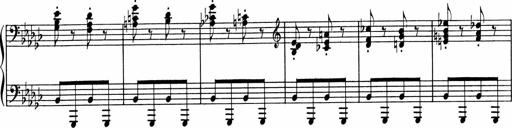
Title: Sonatine pour piano
Composer: Albert Roussel